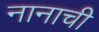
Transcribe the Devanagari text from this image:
नानाची